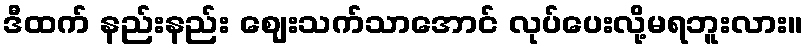
ဒီထက် နည်းနည်း ဈေးသက်သာအောင် လုပ်ပေးလို့မရဘူးလား။